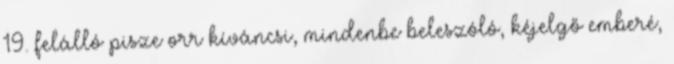
19. felálló pisze orr kíváncsi, mindenbe beleszóló, kéjelgő emberé,